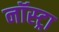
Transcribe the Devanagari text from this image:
नॉस्ट्रा